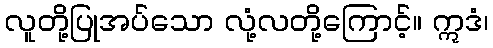
လူတို့ပြုအပ်သော လုံ့လတို့ကြောင့်။ ဣဒံ၊